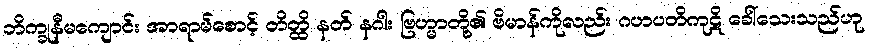
ဘိက္ခုနီမကျောင်း အာရာမ်စောင့် တိတ္ထိ နတ် နဂါး ဗြဟ္မာတို့၏ ဗိမာန်ကိုလည်း ဂဟပတိကုဋိ ခေါ်သေးသည်ဟု